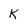
Character: k